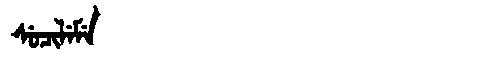
Manchu: ᠰᡠᠴᡳᠯᡝᠮᡝ
Romanization: SUCILEME